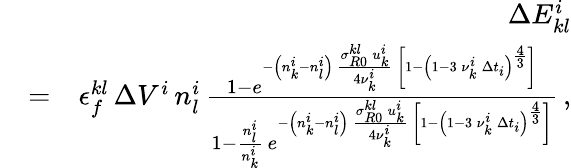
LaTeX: \begin{array}{rlr}&{}&{\Delta E_{kl}^{i}}\\ &{=}&{\epsilon_{f}^{kl}\, \Delta V^{i}\, n_{l}^{i}\, \frac{1-e^{-\left(n_{k}^{i}-n_{l}^{i}\right)\, \frac{\sigma_{R0}^{kl}\, u_{k}^{i}}{4\nu_{k}^{i}}\, \left[1-\left(1-3\, \nu_{k}^{i}\, \Delta t_{i}\right)^{\frac{4}{3}}\right]}}{1-\frac{n_{l}^{i}}{n_{k}^{i}}\, e^{-\left(n_{k}^{i}-n_{l}^{i}\right)\, \frac{\sigma_{R0}^{kl}\, u_{k}^{i}}{4\nu_{k}^{i}}\, \left[1-\left(1-3\, \nu_{k}^{i}\, \Delta t_{i}\right)^{\frac{4}{3}}\right]}}\, ,}\end{array}